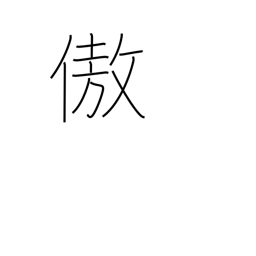
Meaning: be proud